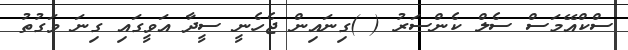
ސްކްއޭމަސް ސެލް ކެންސަރު ( )ގިނައިން ޖެހެނީ ސީދާ އަވީގައި ގިނަ ވަގުތު